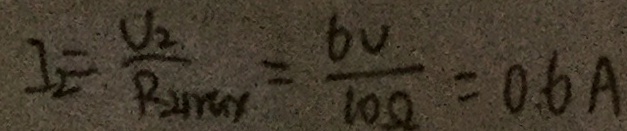
I _ { 2 } = \frac { V _ { 2 } } { P _ { 2 m a y } } = \frac { 6 V } { 1 0 \Omega } = 0 . 6 A